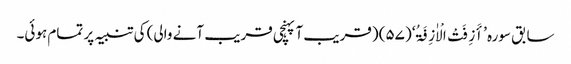
سابق سورہ ’أَزِفَتْ الْاٰزِفَۃُ‘ (۵۷) (قریب آ پہنچی قریب آنے والی) کی تنبیہ پر تمام ہوئی۔